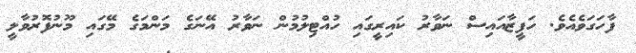
ފާހަގަވެއެވެ. ހަފީޒާއައިސް ނަވާރު ކައިރީގައި ހުއްޓިލުމުން ނަވާރު އޭނަގެ މަންމަގެ މޭގައި މޫނުފޮރުވާލީ